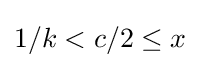
1/k<c/2\leq x